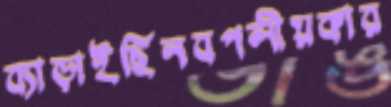
ব্যাড়াইছিনবপলীয়কার